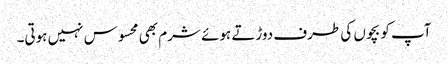
آپ کو بچوں کی طرف دوڑتے ہوئے شرم بھی محسوس نہیں ہوتی۔